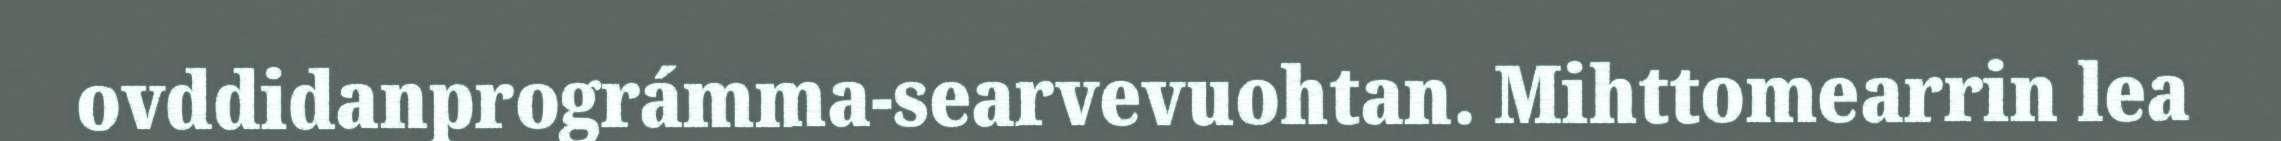
ovddidanprográmma-searvevuohtan. Mihttomearrin lea